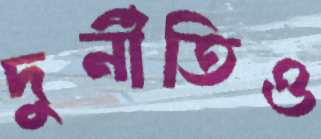
দুর্নীতিও